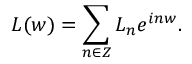
L ( w ) = \sum _ { n \in Z } L _ { n } e ^ { i n w } .